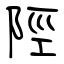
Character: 陘